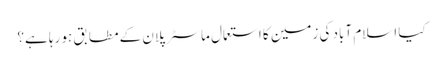
کیا اسلام آباد کی زمین کا استعمال ماسٹر پلان کے مطابق ہو رہا ہے؟